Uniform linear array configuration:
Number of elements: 16
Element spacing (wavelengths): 0.75
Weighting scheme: uniform
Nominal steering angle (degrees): -15
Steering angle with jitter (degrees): -13.648
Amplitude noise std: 0.05
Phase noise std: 0.05

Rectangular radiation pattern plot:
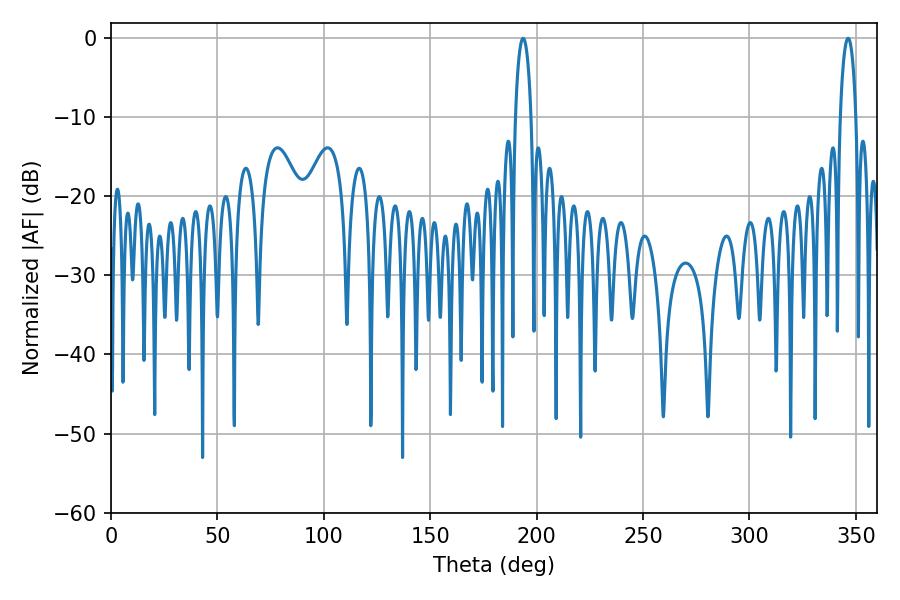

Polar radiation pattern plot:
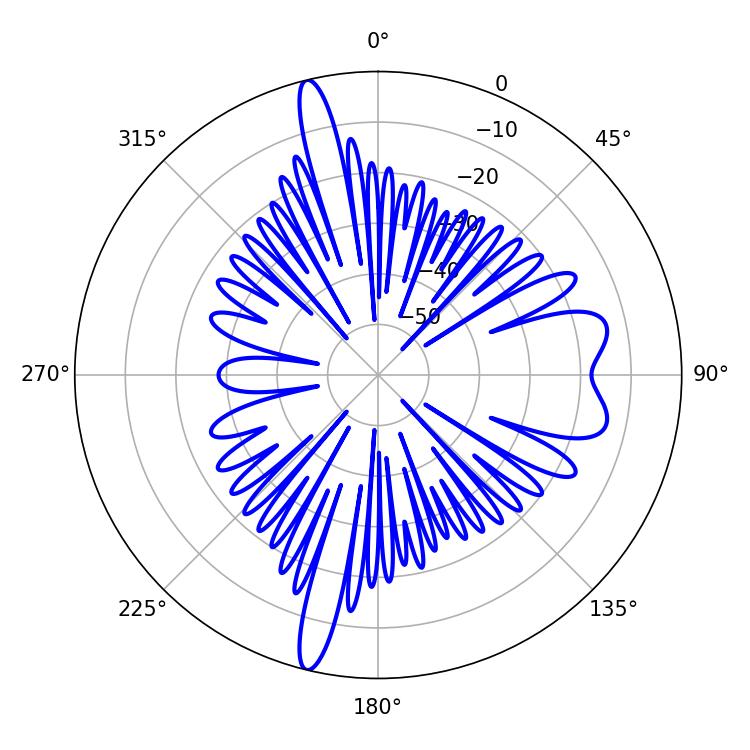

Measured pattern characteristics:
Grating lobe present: TRUE
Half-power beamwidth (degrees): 4.14
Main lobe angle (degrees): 346.32